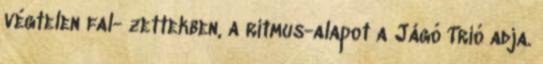
végtelen fal- zettekben, a ritmus-alapot a Jágó Trió adja.